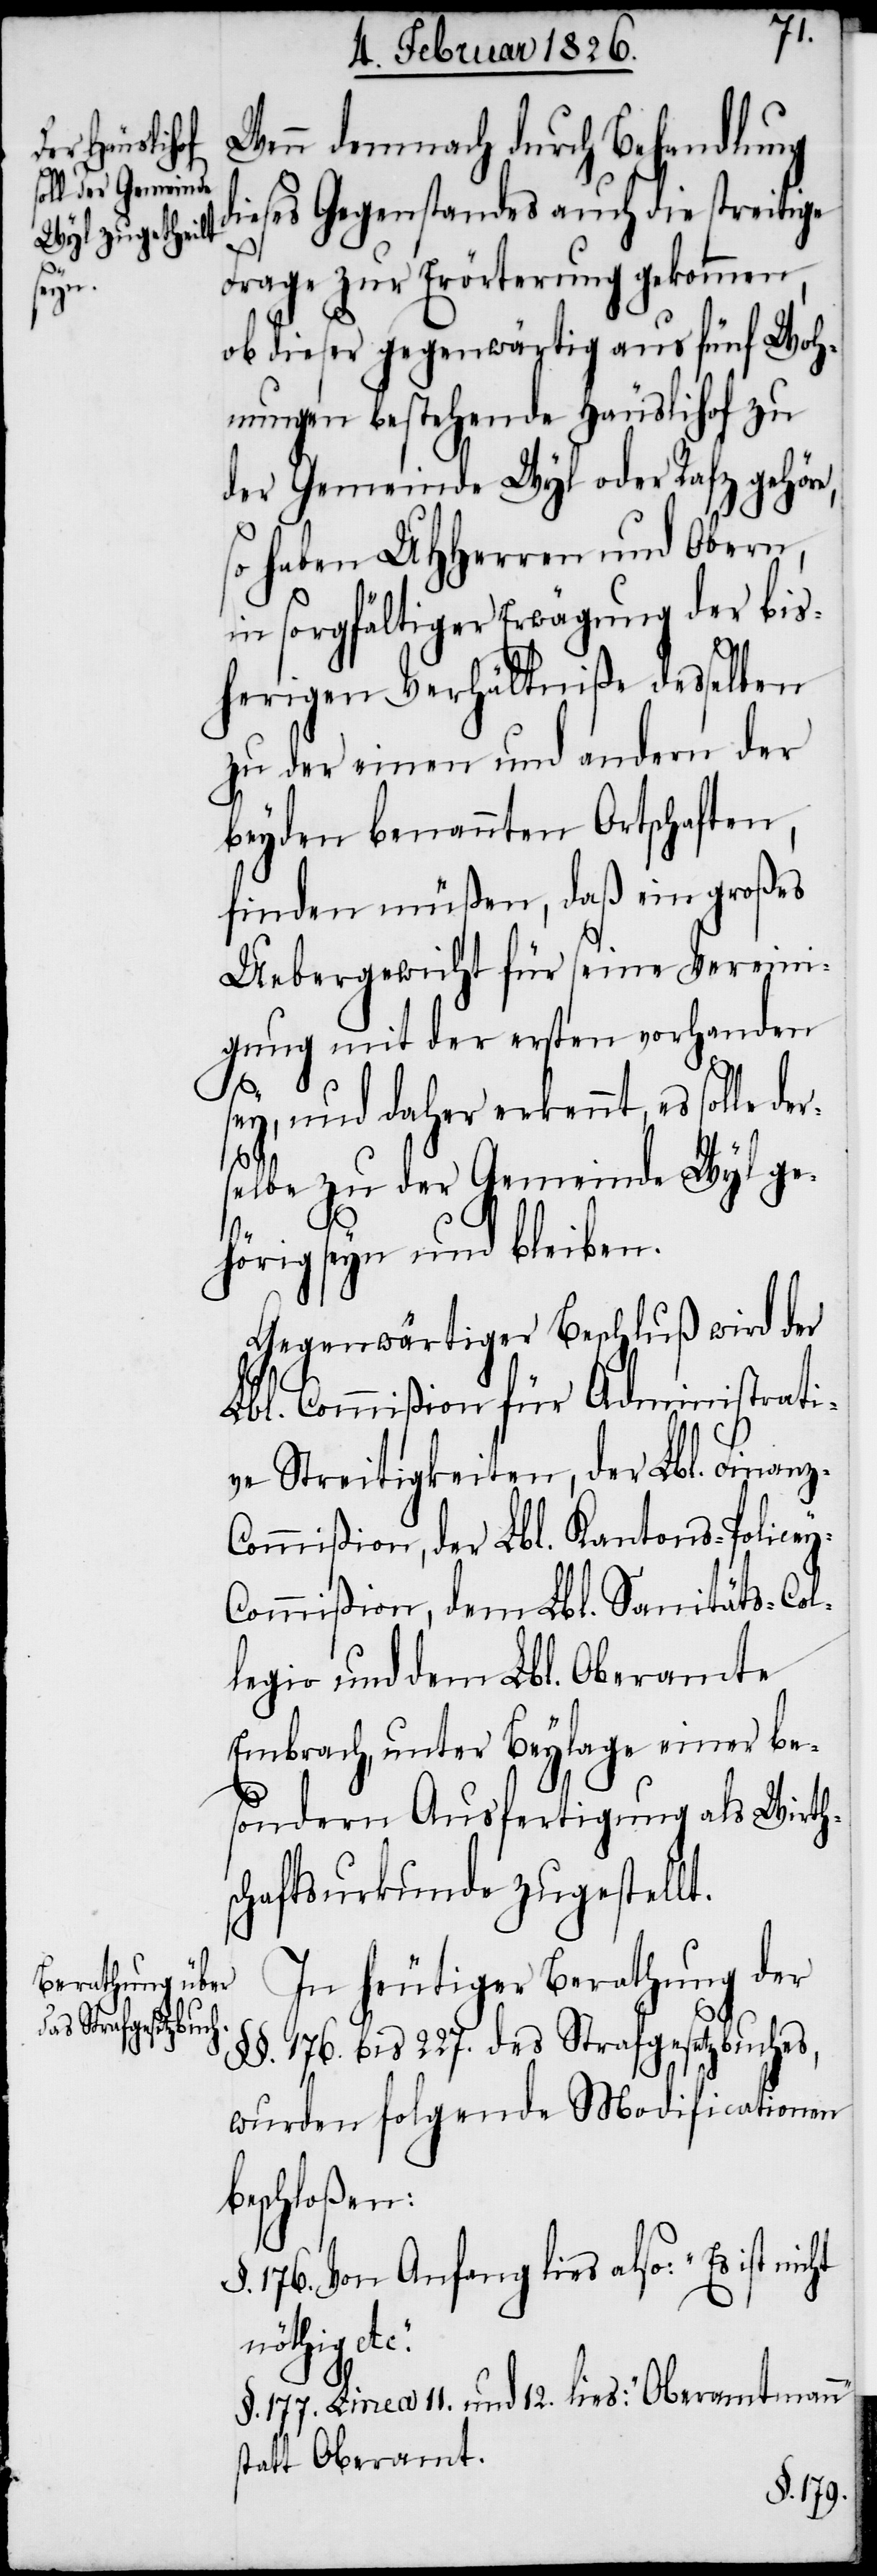
ey-C¬

Wenn demnach durch Behandlung
dieses Gegenstandes auch die streitige
Frage zur Erörterung gekommen,
ob dieser gegenwärtig aus fünf Woh¬
nungen bestehende Häuslihof zu
der Gemeinde Wyl oder Rafz gehöre,
so haben UHHerren und Obern,
in sorgfältiger Erwägung der bis¬
herigen Verhältniße desselben
zu der einen und andern der
beyden benannten Ortschaften,
finden müßen, daß ein großes
Uebergewicht für seine Vereini¬
gung mit der ersten vorhanden
sey, und daher erkennt, es solle
selbe zu der Gemeinde Wyl ge¬
hörig seyn und bleiben.
Gegenwärtiger Beschluß wird der
Lbl. Commißion für Administrati¬
ve Streitigkeiten, der Lbl. Finan¬
ommißion, der Lbl. Kantons-Polic¬
ommißion, dem Lbl. Sanitäts-Col¬
legio und dem Lbl. Oberamte
Embrach, unter Beylage einer be¬
sondern Ausfertigung als Wirths¬
chaftsurkunde zugestellt.
In heutiger Berathung der
§§. 176. bis 227. des Strafgesetzbuches,
wurden folgende Modificationen
beschloßen:
§. 176. Von Anfang lies also: „Es ist
nöthig
§. 177. Linea 11. und 12. lies: „Oberamtmann“
statt Oberamt.